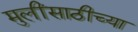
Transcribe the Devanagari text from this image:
मुलींसाठीच्या